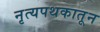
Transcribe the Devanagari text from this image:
नृत्यपथकातून